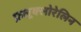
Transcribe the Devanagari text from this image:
फ्रलूक्लोरेलिन